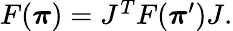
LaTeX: \begin{array}{r}{F({\boldsymbol\pi})=J^{T}F({\boldsymbol\pi}^{\prime})J.}\end{array}